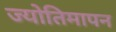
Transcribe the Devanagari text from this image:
ज्योतिमापन